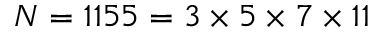
N = 1 1 5 5 = 3 \times 5 \times 7 \times 1 1